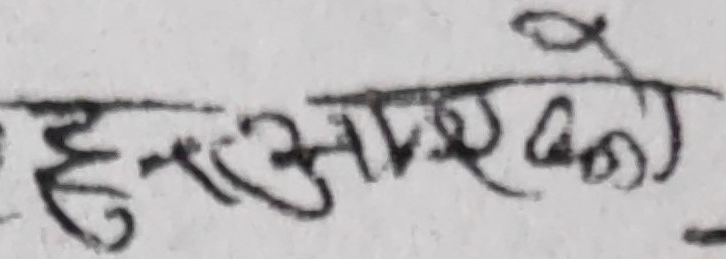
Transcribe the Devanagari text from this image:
हरु आरेखको